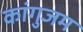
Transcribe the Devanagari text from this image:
कांगुजम